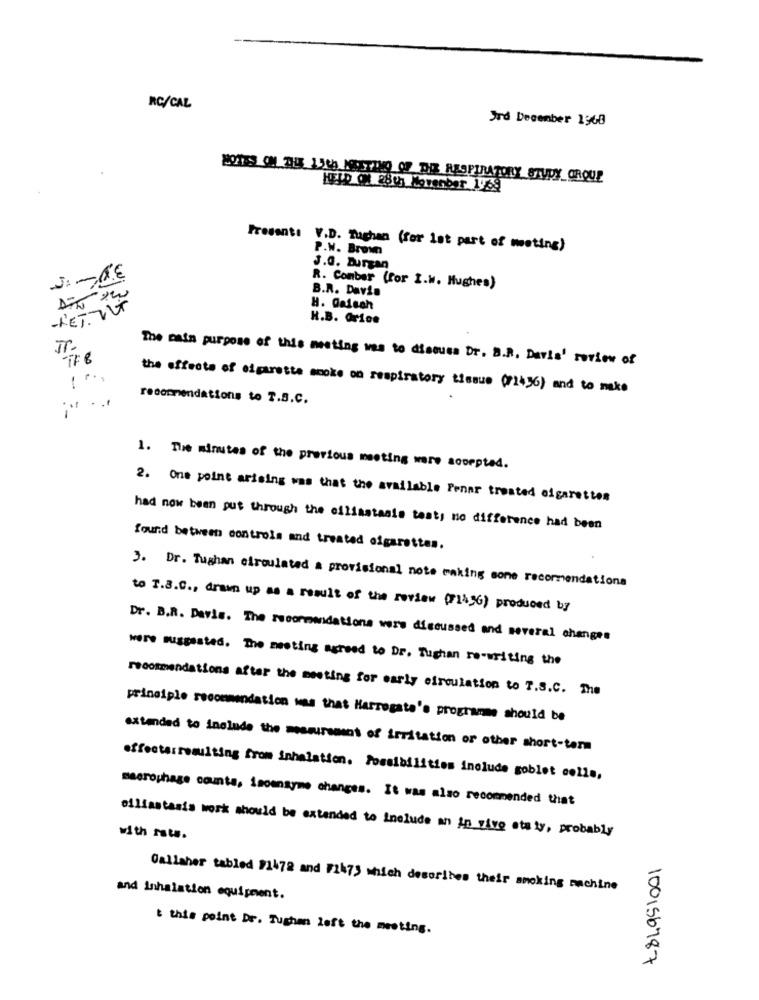
RC/CAL
Jrd December 1968
2021ES OM 24 1340 JESTTHO OF DIE RESPIRATORY STUDY GROUP
HELD ON 28th November 1968
Presente V.D. Tughan (for lat part of meeting)
P.W. Brown
J.G. Burgan
B.R. Davin
R. Comber (for I.W. Hughes)
-LETOUT
H. Daisch
H.B. Orion
- IF B
The main purpose of this meeting was to discuss Dr. B.R. Davis' review of
-
the effects of cigarette smoke on respiratory tissue (71436) and to make
recommendations to T.S.C.
1. The minutes of the previous meeting were soorpted.
2. One point arising was that the available Fener treated cigaretton
had now been put through the ciliastable test, no difference had been
found between controls and treated cigarettes.
3. Dr. Tughan circulated a provisional note making some recommendations
to T.B.C ., drawn up as a result of the review (71496) produced by
Dr. B.R. Davis. The recommendations were discussed and several changes
were suggested. The meeting agreed to Dr. Tughan re-writing the
recommendations after the meeting for early circulation to T.S.C. The
principle recommendation was that Harrogate's programme should be
extended to include the measurement of irritation or other short-term
effectarresulting from inhalation. Possibilities include goblet colls,
macrophage counts, isoensyme changes. It was also recommended that
ellisstasis work should be extended to Include an in vivo sta ty, probably
with rats.
Gallaher tabled #1472 and F1473 which describes their anoking machine
and inhalation equipment.
this point Dr. Tughan left the meeting.
100156787